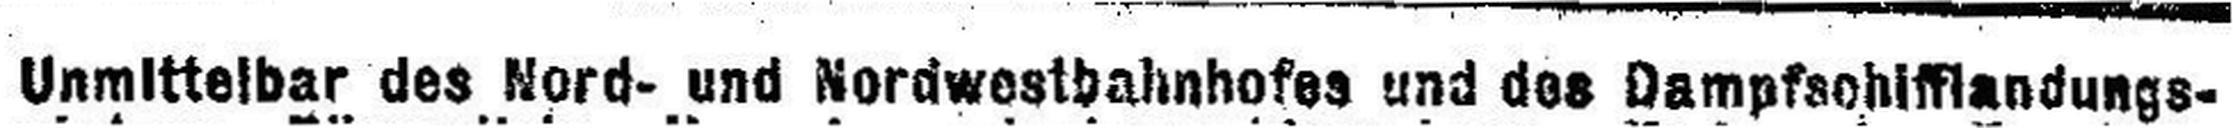
Unmittelbar des Nord- und Nordwestbahnhofes und des Dampfschifflandungs¬